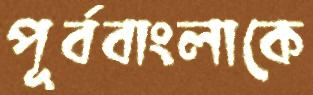
পূর্ববাংলাকে